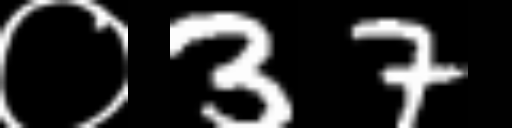
Text: ०37